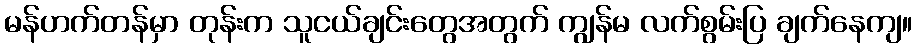
မန်ဟက်တန်မှာ တုန်းက သူငယ်ချင်းတွေအတွက် ကျွန်မ လက်စွမ်းပြ ချက်နေကျ။